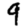
Digit: 9